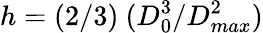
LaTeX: h=(2/3)\ (D_{0}^{3}/D_{max}^{2})